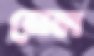
নেল